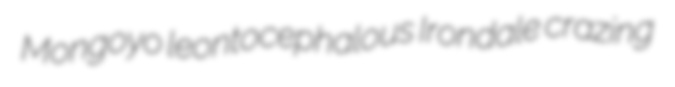
Mongoyo leontocephalous Irondale crazing